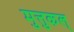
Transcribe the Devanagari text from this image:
मुत्तुकल्